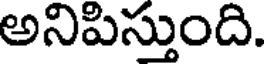
అనిపిస్తుంది.